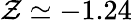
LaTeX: \mathcal{Z}\simeq-1.24